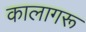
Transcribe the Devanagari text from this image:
कालागरू